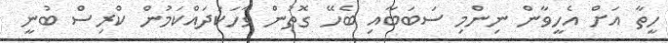
ހީތާ އަށް އެހީވާން ނިންމި ސަބަބާއި ބެހޭ ގޮތުން ވާހަކަދައްކަމުން ކްރިސް ބުނީ